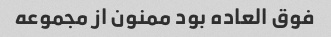
فوق العاده بود ممنون از مجموعه